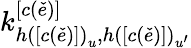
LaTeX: k_{h\left(\left[c\left(\check{e}\right)\right]\right)_{u},h\left(\left[c\left(\check{e}\right)\right]\right)_{u^{\prime}}}^{\left[c\left(\check{e}\right)\right]}